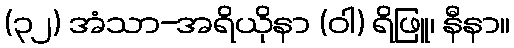
(၃၂) အံသာ-အရိယိုနာ (ဝါ) ရိဖြူ၊ နီနာ။